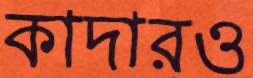
কাদারও